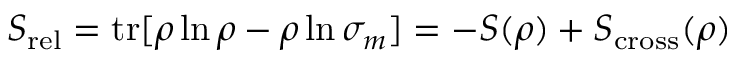
S _ { \mathrm { r e l } } = \mathrm { t r } [ \rho \ln \rho - \rho \ln \sigma _ { m } ] = - S ( \rho ) + S _ { \mathrm { c r o s s } } ( \rho )